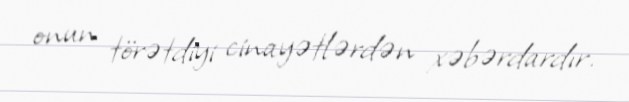
onun törətdiyi cinayətlərdən xəbərdardır.